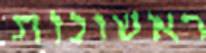
ראשונות